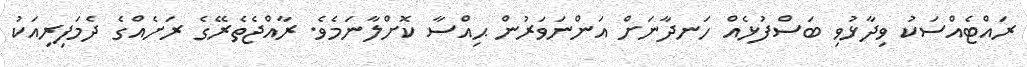
ރައްޓެއްސަކު ވިދާޅުވި ބަސްފުޅެއް ހަނދާނަށް އަންނަވަރުން ޙިއްސާ ކޮށްލާނަމެވެ. ރާއްޖެތެރޭގެ ރަށެއްގެ ދެމަފިރިއަކު